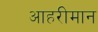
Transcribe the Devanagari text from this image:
आहरीमान